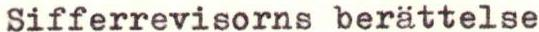
Sifferrevisorns berättelse